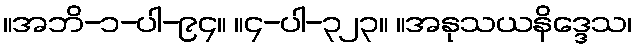
။အဘိ-၁-ပါ-၉၄။ ။၄-ပါ-၃၂၃။ ။အနုသယနိဒ္ဒေသ၊